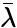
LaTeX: \bar{\lambda}